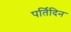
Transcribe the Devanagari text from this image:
पर्तिदिन